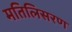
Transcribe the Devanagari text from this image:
मतिलिसरण